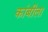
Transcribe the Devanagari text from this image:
कांबीला